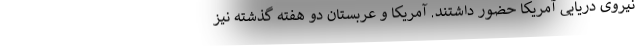
نیروی دریایی آمریکا حضور داشتند. آمریکا و عربستان دو هفته گذشته نیز